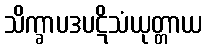
သိက္ခာပဒပဋိသံယုတ္တာယ